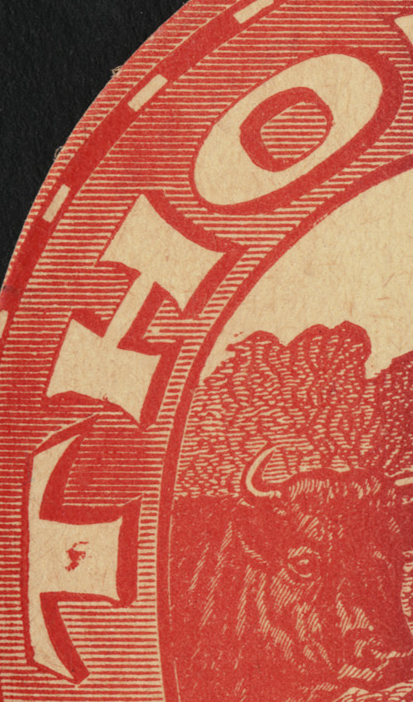
THO